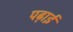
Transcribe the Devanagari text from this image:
पढ़ाईं